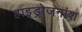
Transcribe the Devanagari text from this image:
हाइड्रोजनांश